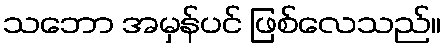
သဘော အမှန်ပင် ဖြစ်လေသည်။